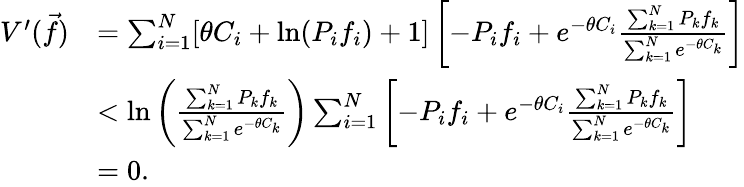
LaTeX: \begin{array}{rl}{V^{\prime}(\vec{f})}&{=\sum_{i=1}^{N}[\theta C_{i}+\mathrm{ln}(P_{i}f_{i})+1]\left[-P_{i}f_{i}+e^{-\theta C_{i}}\frac{\sum_{k=1}^{N}P_{k}f_{k}}{\sum_{k=1}^{N}e^{-\theta C_{k}}}\right]}\\ &{<\mathrm{ln}\left(\frac{\sum_{k=1}^{N}P_{k}f_{k}}{\sum_{k=1}^{N}e^{-\theta C_{k}}}\right)\sum_{i=1}^{N}\left[-P_{i}f_{i}+e^{-\theta C_{i}}\frac{\sum_{k=1}^{N}P_{k}f_{k}}{\sum_{k=1}^{N}e^{-\theta C_{k}}}\right]}\\ &{=0.}\end{array}